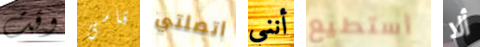
وقت قاسى اتصلتي أنني أستطيع ألا